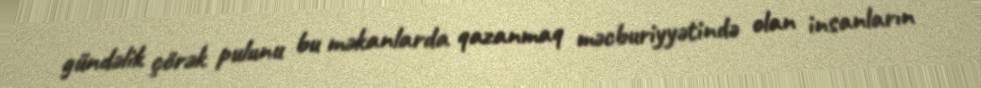
gündəlik çörək pulunu bu məkanlarda qazanmaq məcburiyyətində olan insanların